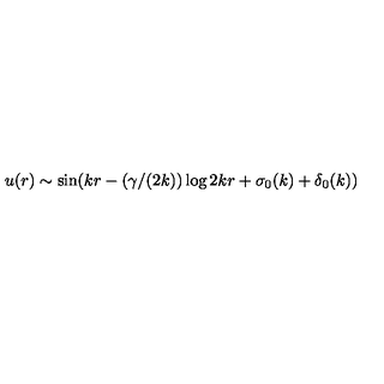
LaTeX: u ( r ) \sim \sin ( k r - ( \gamma / ( 2 k ) ) \log 2 k r + \sigma _ { 0 } ( k ) + \delta _ { 0 } ( k ) )